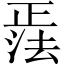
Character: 𪴹